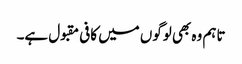
تاہم وہ بھی لوگوں میں کافی مقبول ہے۔